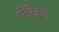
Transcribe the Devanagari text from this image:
मेरिन्र्स